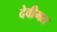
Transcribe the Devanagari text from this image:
देवीमत